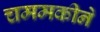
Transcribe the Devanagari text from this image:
चममकीने